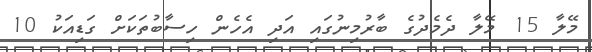
މޭލާ 15 މޭލާ ދެމެދުގެ ބާރުމިނުގައި އަދި އެހެން ހިސާބުތަކަށް ގަޑިއަކު 10